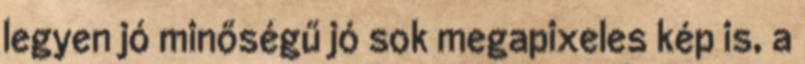
legyen jó minőségű jó sok megapixeles kép is, a